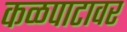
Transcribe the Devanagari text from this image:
कळपाटावर